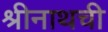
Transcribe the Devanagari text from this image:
श्रीनाथची